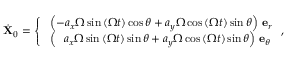
\dot { \mathbf { X } } _ { 0 } = \left\{ \begin{array} { l l } { \, \, \left( - a _ { x } \Omega \sin { \left( \Omega t \right) } \cos \theta + a _ { y } \Omega \cos { \left( \Omega t \right) } \sin \theta \right) \, \mathbf { e } _ { r } } \\ { \, \, \left( \, \, \, \, a _ { x } \Omega \sin { \left( \Omega t \right) } \sin \theta + a _ { y } \Omega \cos { \left( \Omega t \right) } \sin \theta \right) \, \mathbf { e } _ { \theta } } \end{array} \right. ,